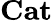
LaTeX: \textbf{Cat}